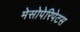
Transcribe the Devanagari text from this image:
मेसोपेरिपेटस